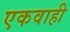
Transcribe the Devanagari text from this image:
एकवाही